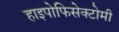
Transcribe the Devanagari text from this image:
हाइपोफिसेक्टोमी